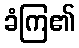
ခံကြ၏